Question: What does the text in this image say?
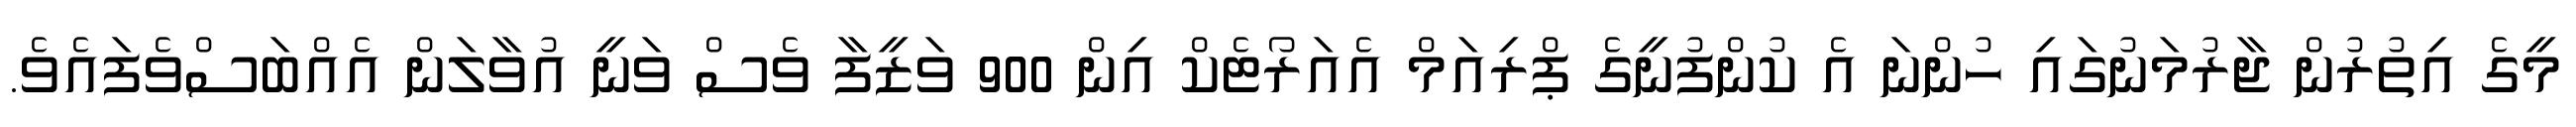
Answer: މީގެ އިތުރުން ޖާރުމަނުގައި ހުންނަ އެ ކުންފުނީގެ ޕްރިއަމް އެއަރޯޓެކް އިން 900 ވަޒީފާ ވެސް ވަނީ އުވާލަން އެއްބަސްވެފައެވެ.